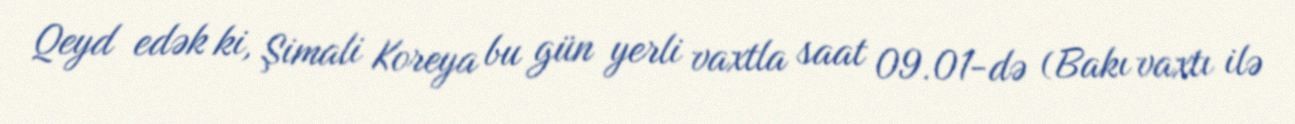
Qeyd edək ki, Şimali Koreya bu gün yerli vaxtla saat 09.01-də (Bakı vaxtı ilə